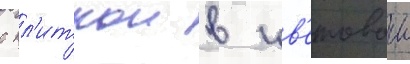
с пл'иткои в цв'етовои